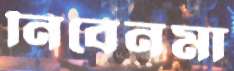
নিবেনমা